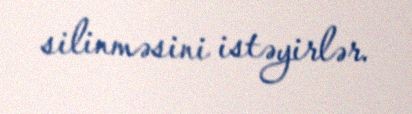
silinməsini istəyirlər.